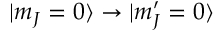
| m _ { J } = 0 \rangle \to | m _ { J } ^ { \prime } = 0 \rangle